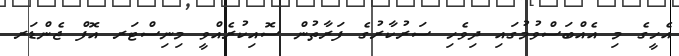
އެހީގެ މި އެއްބަސްވުމުގައި ދިވެހި ސަރުކާރުގެ ފަރާތުން ސޮއިކުރެއްވީ މިނިސްޓަރ އޮފް ޖެންޑަރ